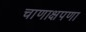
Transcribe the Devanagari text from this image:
चाणाक्षपणा